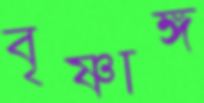
বৃষ্ণাঙ্গ